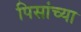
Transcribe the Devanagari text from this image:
पिसांच्या